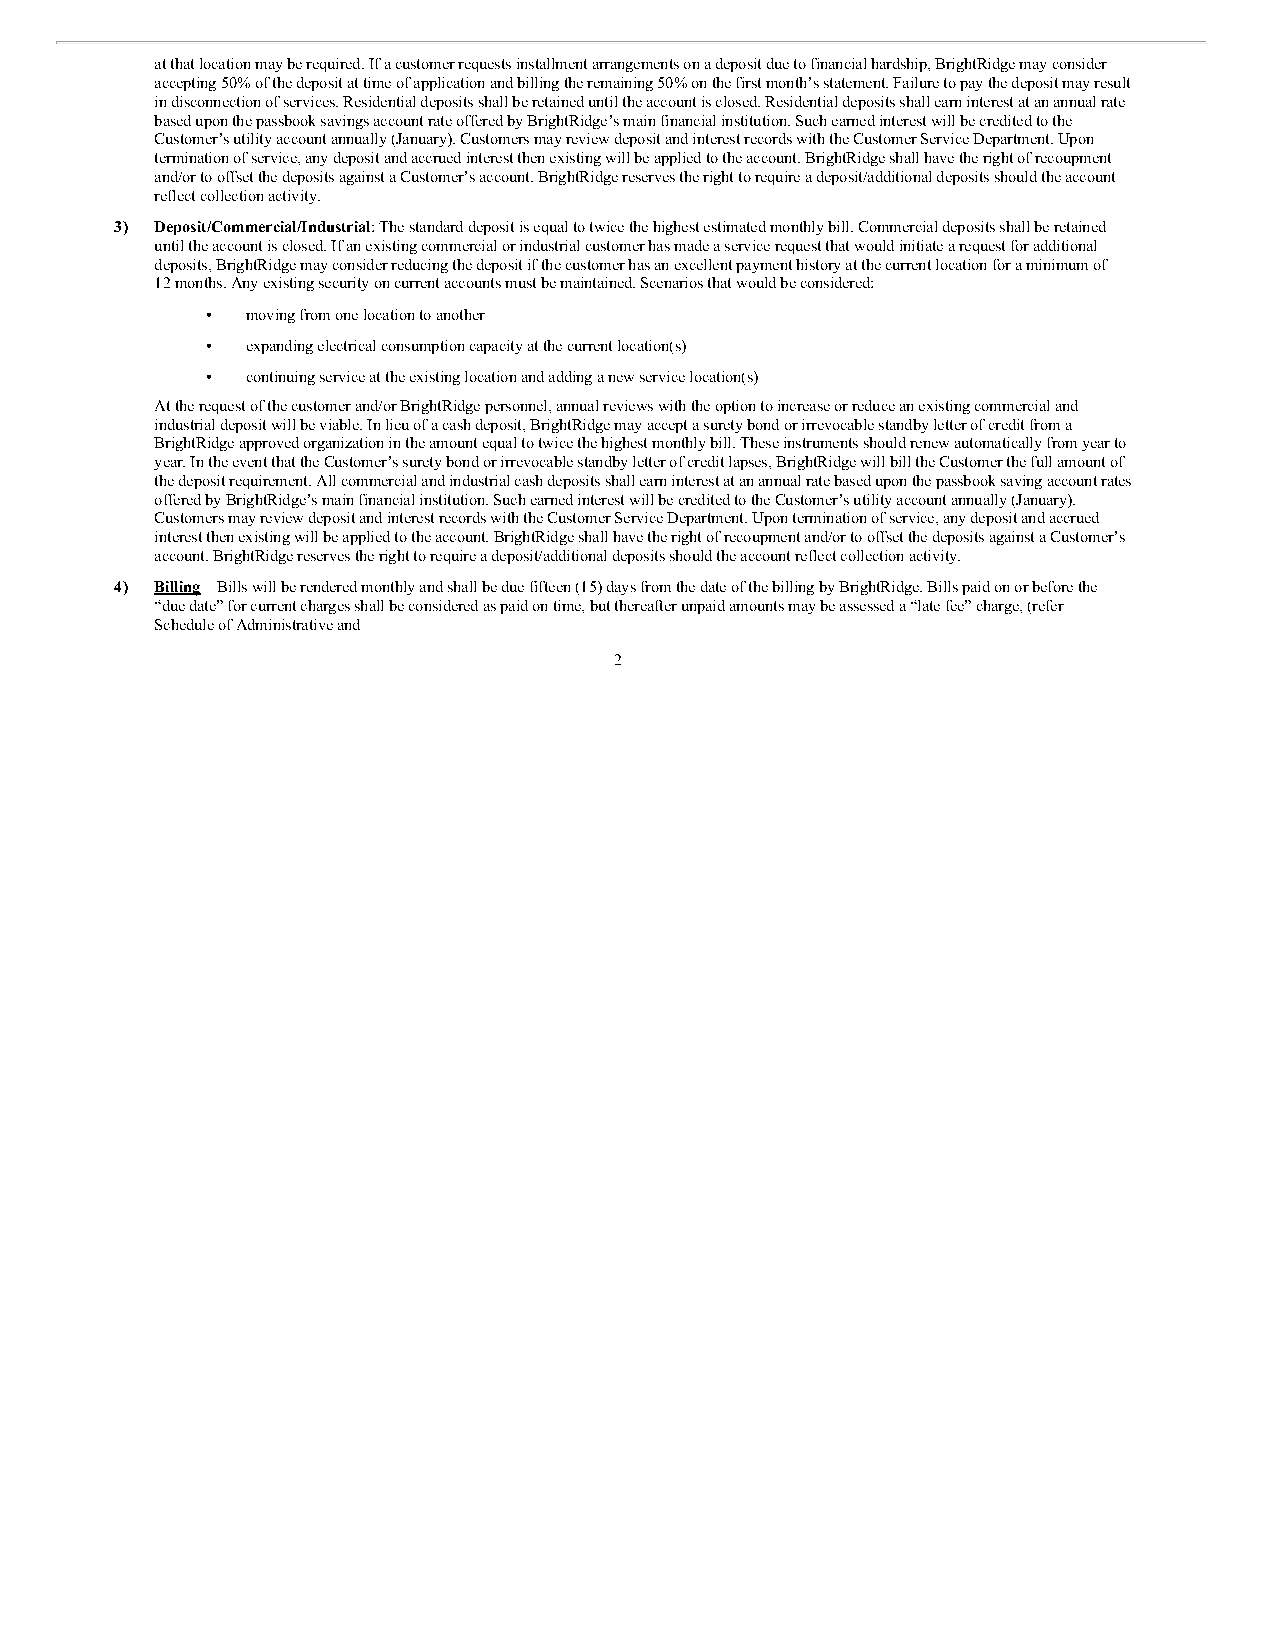
at that location may be required. If a customer requests installment arrangements on a deposit due to financial hardship, BrightRidge may consider
 accepting 50% of the deposit at time of application and billing the remaining 50% on the first month’s statement. Failure to pay the deposit may result
 in disconnection of services. Residential deposits shall be retained until the account is closed. Residential deposits shall earn interest at an annual rate
 based upon the passbook savings account rate offered by BrightRidge’s main financial institution. Such earned interest will be credited to the
 Customer’s utility account annually (January). Customers may review deposit and interest records with the Customer Service Department. Upon
 termination of service, any deposit and accrued interest then existing will be applied to the account. BrightRidge shall have the right of recoupment
 and/or to offset the deposits against a Customer’s account. BrightRidge reserves the right to require a deposit/additional deposits should the account
 reflect collection activity.
 3) Deposit/Commercial/Industrial: The standard deposit is equal to twice the highest estimated monthly bill. Commercial deposits shall be retained
 until the account is closed. If an existing commercial or industrial customer has made a service request that would initiate a request for additional
 deposits, BrightRidge may consider reducing the deposit if the customer has an excellent payment history at the current location for a minimum of
 12 months. Any existing security on current accounts must be maintained. Scenarios that would be considered:
 • moving from one location to another
 • expanding electrical consumption capacity at the current location(s)
 • continuing service at the existing location and adding a new service location(s)
 At the request of the customer and/or BrightRidge personnel, annual reviews with the option to increase or reduce an existing commercial and
 industrial deposit will be viable. In lieu of a cash deposit, BrightRidge may accept a surety bond or irrevocable standby letter of credit from a
 BrightRidge approved organization in the amount equal to twice the highest monthly bill. These instruments should renew automatically from year to
 year. In the event that the Customer’s surety bond or irrevocable standby letter of credit lapses, BrightRidge will bill the Customer the full amount of
 the deposit requirement. All commercial and industrial cash deposits shall earn interest at an annual rate based upon the passbook saving account rates
 offered by BrightRidge’s main financial institution. Such earned interest will be credited to the Customer’s utility account annually (January).
 Customers may review deposit and interest records with the Customer Service Department. Upon termination of service, any deposit and accrued
 interest then existing will be applied to the account. BrightRidge shall have the right of recoupment and/or to offset the deposits against a Customer’s
 account. BrightRidge reserves the right to require a deposit/additional deposits should the account reflect collection activity.
 4) Billing – Bills will be rendered monthly and shall be due fifteen (15) days from the date of the billing by BrightRidge. Bills paid on or before the
 “due date” for current charges shall be considered as paid on time, but thereafter unpaid amounts may be assessed a “late fee” charge, (refer
 Schedule of Administrative and
 2